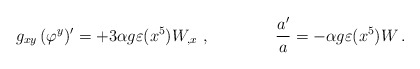
\begin{align*}g_{xy}\,(\varphi^y)' = + 3 \alpha g \varepsilon (x^5) W_{,x} \ ,\qquad \qquad {a'\over a} = - \alpha g \varepsilon (x^5) W \,.\end{align*}